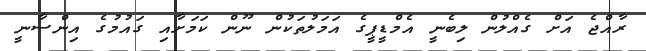
ރާއްޖެ އަށް ގެއްލުން ލިބެނީ އެމްޑީޕީގެ އަމަލުތަކުން ނޫން ކަމަށާއި ގައުމުގެ އިންސާނީ